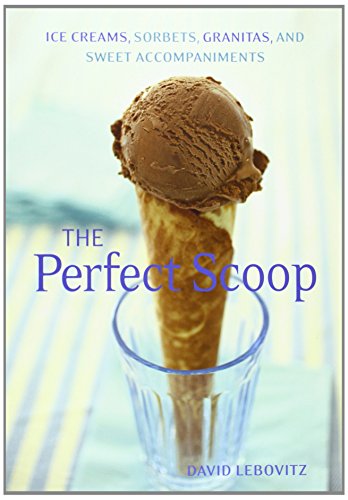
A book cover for The Perfect Scoop: Ice Creams, Sorbets, Granitas, and Sweet Accompaniments; David Lebovitz; Cookbooks, Food & Wine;